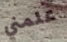
علمني